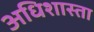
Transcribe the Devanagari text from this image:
अधिशास्ता